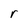
Character: r